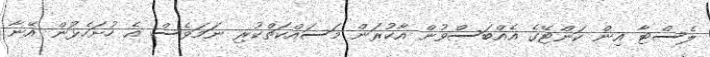
ލެސްޓާ އިން ކަންޓޭގެ އެއްބަސްވުން އާކުރަން މަސައްކަތްކުރި ނަަމަވެސް އެ ހުށަހެޅުން އޭނާ